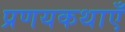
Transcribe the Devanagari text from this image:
प्रणयकथाएँ